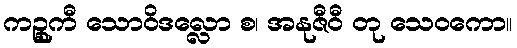
ကဉ္စုကီ သောဝိဒလ္လော စ၊ အနုဇီဝီ တု သေဝကော။